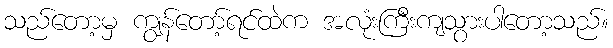
သည်တော့မှ ကျွန်တော့်ရင်ထဲက အလုံးကြီးကျသွားပါတော့သည်။